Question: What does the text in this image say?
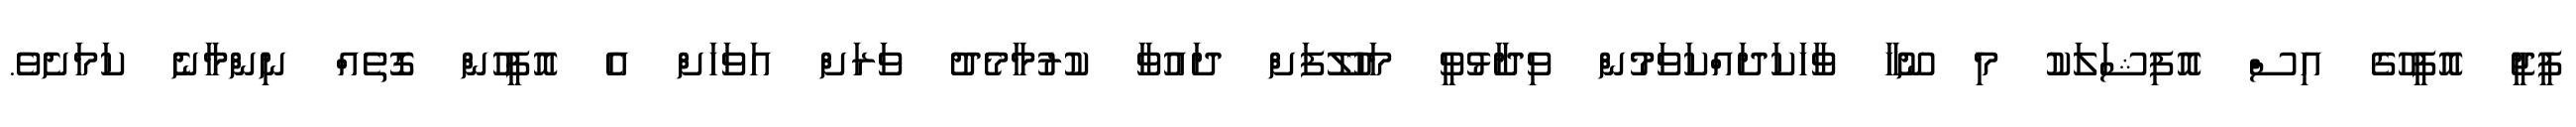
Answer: ޕީޖީ އޮފީހުގެ އިސް އޮފިޝަލަކު މި ނޫހާ ވާހަކަދައްކަވަމުން ވިދާޅުވީ މަހުލޫފަށް ދައުވާ ކުރުމާމެދު ވަރަށް އަވަހަށް އެ އޮފީހުން ގޮތެއް ނިންމާނެ ކަމަށެވެ.